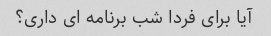
آیا برای فردا شب برنامه ای داری؟